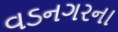
વડનગરના